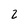
Character: 2